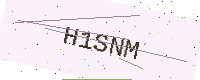
Text: H1SNM